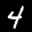
Label: 4